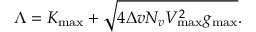
\Lambda = K _ { \operatorname* { m a x } } + \sqrt { 4 \Delta v N _ { v } V _ { \operatorname* { m a x } } ^ { 2 } g _ { \operatorname* { m a x } } } .